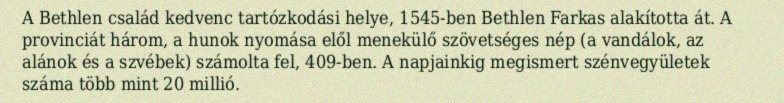
A Bethlen család kedvenc tartózkodási helye, 1545-ben Bethlen Farkas alakította át. A provinciát három, a hunok nyomása elől menekülő szövetséges nép (a vandálok, az alánok és a szvébek) számolta fel, 409-ben. A napjainkig megismert szénvegyületek száma több mint 20 millió.